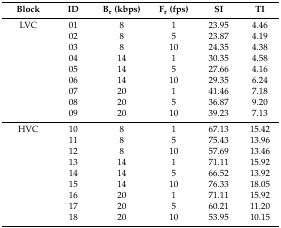
<table><thead><tr><td><b>Block</b></td><td><b>ID</b></td><td><b>B<sub>r</sub> (kbps)</b></td><td><b>F<sub>r</sub> (fps)</b></td><td><b>SI</b></td><td><b>TI</b></td></tr></thead><tbody><tr><td>LVC</td><td>01</td><td>8</td><td>1</td><td>23.95</td><td>4.46</td></tr><tr><td></td><td>02</td><td>8</td><td>5</td><td>23.87</td><td>4.19</td></tr><tr><td></td><td>03</td><td>8</td><td>10</td><td>24.35</td><td>4.38</td></tr><tr><td></td><td>04</td><td>14</td><td>1</td><td>30.35</td><td>4.58</td></tr><tr><td></td><td>05</td><td>14</td><td>5</td><td>27.66</td><td>4.16</td></tr><tr><td></td><td>06</td><td>14</td><td>10</td><td>29.35</td><td>6.24</td></tr><tr><td></td><td>07</td><td>20</td><td>1</td><td>41.46</td><td>7.18</td></tr><tr><td></td><td>08</td><td>20</td><td>5</td><td>36.87</td><td>9.20</td></tr><tr><td></td><td>09</td><td>20</td><td>10</td><td>39.23</td><td>7.13</td></tr><tr><td>HVC</td><td>10</td><td>8</td><td>1</td><td>67.13</td><td>15.42</td></tr><tr><td></td><td>11</td><td>8</td><td>5</td><td>75.43</td><td>13.96</td></tr><tr><td></td><td>12</td><td>8</td><td>10</td><td>57.69</td><td>13.46</td></tr><tr><td></td><td>13</td><td>14</td><td>1</td><td>71.11</td><td>15.92</td></tr><tr><td></td><td>14</td><td>14</td><td>5</td><td>66.52</td><td>13.92</td></tr><tr><td></td><td>15</td><td>14</td><td>10</td><td>76.33</td><td>18.05</td></tr><tr><td></td><td>16</td><td>20</td><td>1</td><td>71.11</td><td>15.92</td></tr><tr><td></td><td>17</td><td>20</td><td>5</td><td>60.21</td><td>11.20</td></tr><tr><td></td><td>18</td><td>20</td><td>10</td><td>53.95</td><td>10.15</td></tr></tbody></table>